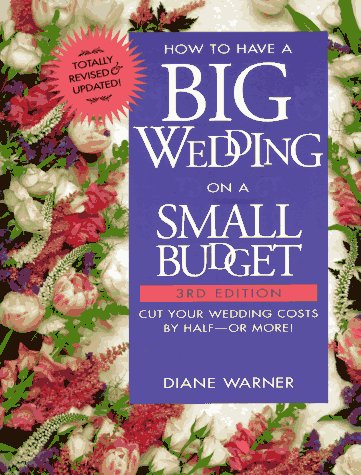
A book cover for How to Have a Big Wedding on a Small Budget: Cut Your Wedding Costs by Half--Or More!; Diane Warner; Crafts, Hobbies & Home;